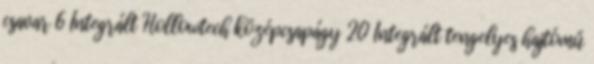
csavar 6 Integrált Hollowtech középcsapágy 20 Integrált tengelyes hajtómű